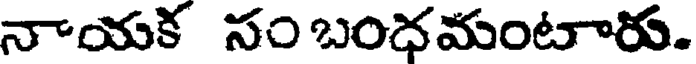
నాయక సం బంధమంటారు.